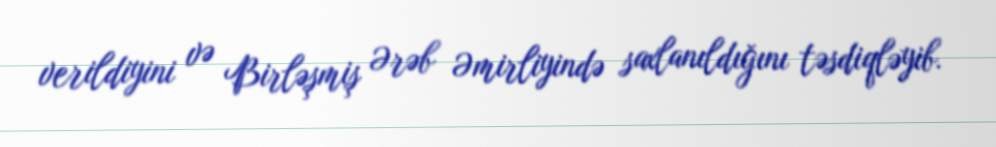
verildiyini və Birləşmiş Ərəb Əmirliyində saxlanıldığını təsdiqləyib.